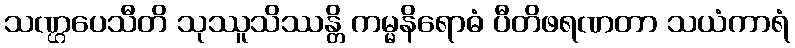
သဏ္ဌပေသီတိ သုဿူသိဿန္တိ ကမ္မနိရောဓံ ပီတိဖရဏတာ သယံကာရံ